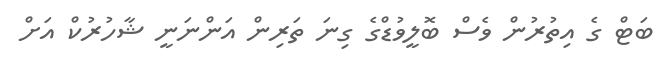
ބަޓް ގެ އިތުރުން ވެސް ބޮލީވުޑްގެ ގިނަ ތަރިން އަންނަނީ ޝާހުރުކް އަށް